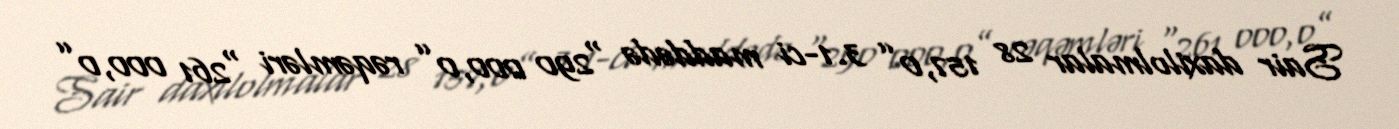
Sair daxilolmalar 28 157,0” 3.1-ci maddədə “290 000,0” rəqəmləri “261 000,0”